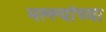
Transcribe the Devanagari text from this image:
मल्ल्यांच्या